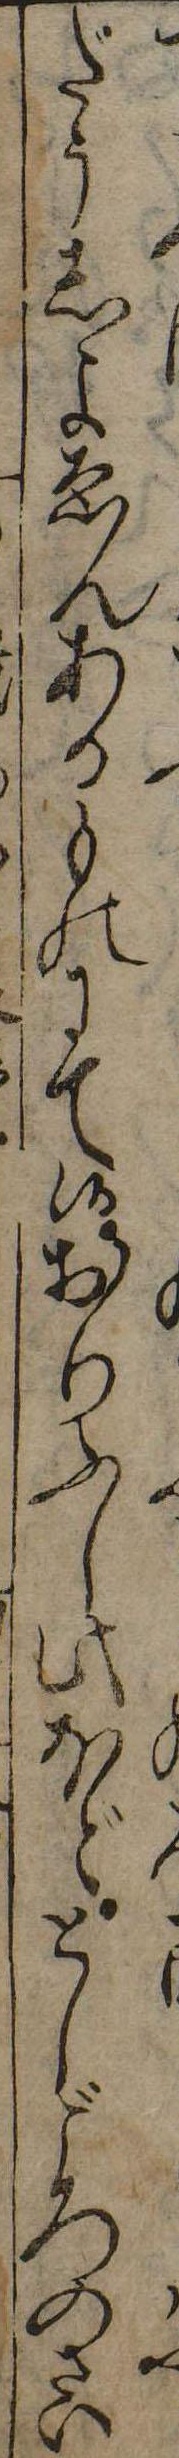
だうしよゑんあるものにて候おりふし此ほどとしごろのさい